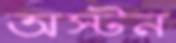
অস্টন